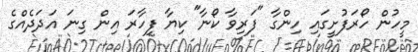
މީހުން ހޯރަފުށީގައި ހިންގާ "ފަރިވާ ކޯނާ" ކިޔާ ފިހާރަ އިން ގިނަ އަދަދެއްގެ